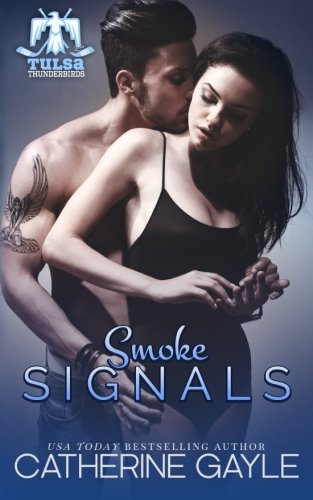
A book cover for Smoke Signals (Tulsa Thunderbirds Book 2) (Volume 2); Catherine Gayle; Romance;